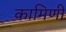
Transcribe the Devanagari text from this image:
कामिणी